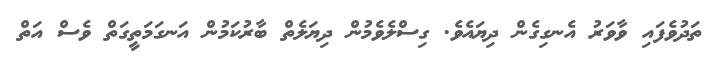
ތަދުވެފައި ވާވަރު އެނގިގެން ދިޔައެވެ. ގިސްލެވެމުން ދިޔަލެތް ބާރުކަމުން އަނގަމަތީގަތް ވެސް އަތް